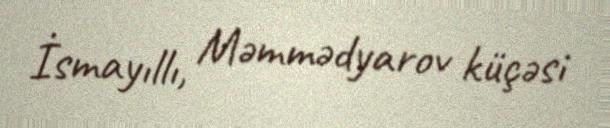
İsmayıllı, Məmmədyarov küçəsi